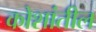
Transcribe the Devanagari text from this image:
कोशांतील